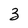
Character: 3